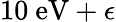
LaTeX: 10\ \mathrm{eV}+\epsilon